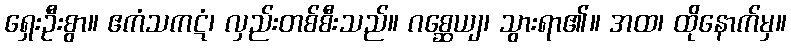
ရှေးဦးစွာ။ ဧကံသကဋံ၊ လှည်းတစ်စီးသည်။ ဂစ္ဆေယျ၊ သွားရာ၏။ အထ၊ ထိုနောက်မှ။